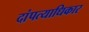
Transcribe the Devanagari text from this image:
दांपत्याधिकार